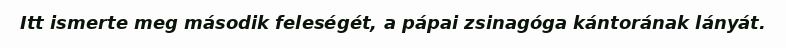
Itt ismerte meg második feleségét, a pápai zsinagóga kántorának lányát.